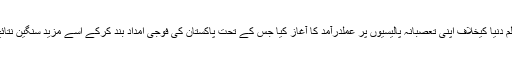
انہوں نے اسی تناظر میں مسلم دنیا کیخلاف اپنی تعصبانہ پالیسیوں پر عملدرآمد کا آغاز کیا جس کے تحت پاکستان کی فوجی امداد بند کرکے اسے مزید سنگین نتائج کی دھمکیاں بھی دی گئیں۔